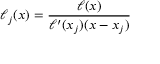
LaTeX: \ell _ { j } ( x ) = { \frac { \ell ( x ) } { \ell ^ { \prime } ( x _ { j } ) ( x - x _ { j } ) } }